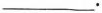
___.